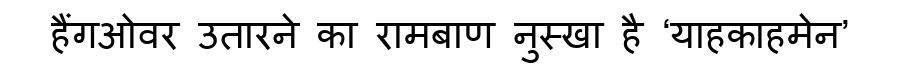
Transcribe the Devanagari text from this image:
हैंगओवर उतारने का रामबाण नुस्खा है ‘याहकाहमेन’